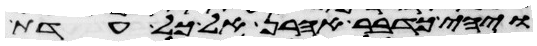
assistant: ויהי כדבר אהרן אל כל עדת